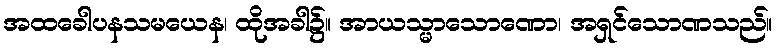
အထခေါပနသမယေန၊ ထိုအခါ၌။ အာယသ္မာသောဏော၊ အရှင်သောဏသည်။